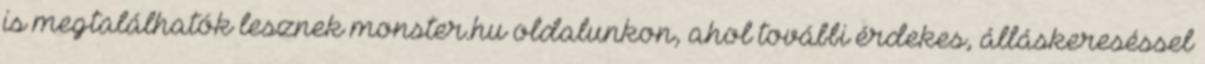
is megtalálhatók lesznek monster.hu oldalunkon, ahol további érdekes, álláskereséssel